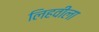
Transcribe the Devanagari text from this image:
लिहवीला